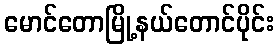
မောင်တောမြို့နယ်တောင်ပိုင်း